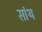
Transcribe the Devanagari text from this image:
सांथ